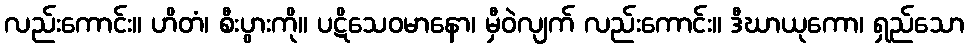
လည်းကောင်း။ ဟိတံ၊ စီးပွားကို။ ပဋိသေဝမာနော၊ မှီဝဲလျက် လည်းကောင်း။ ဒီဃာယုကော၊ ရှည်သော